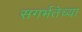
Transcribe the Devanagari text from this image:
सगर्भतेच्या